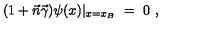
( 1 + \vec { n } \vec { \gamma } ) \psi ( x ) | _ { x = x _ { B } } \ = \ 0 \ ,